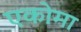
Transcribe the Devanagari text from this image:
एकोमा